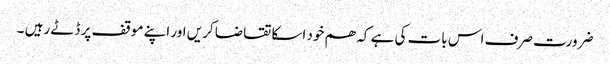
ضرورت صرف اس بات کی ہے کہ ھم خود اسکا تقاضا کریں اور اپنے موقف پر ڈٹے رہیں ۔